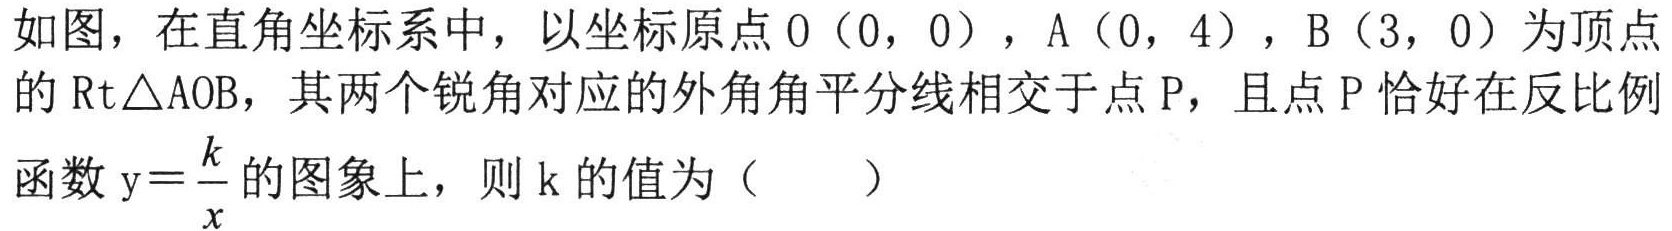
如图，在直角坐标系中，以坐标原点\(O(0,0)\)，\(A(0,4)\)，\(B(3,0)\)为顶点的\(\text{Rt}\triangle AOB\)，其两个锐角对应的外角角平分线相交于点\(P\)，且点\(P\)恰好在反比例函数\(y = \dfrac{k}{x}\)的图象上，则\(k\)的值为（  ）